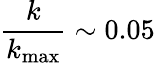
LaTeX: \frac{k}{k_{\operatorname*{max}}}\sim 0.05